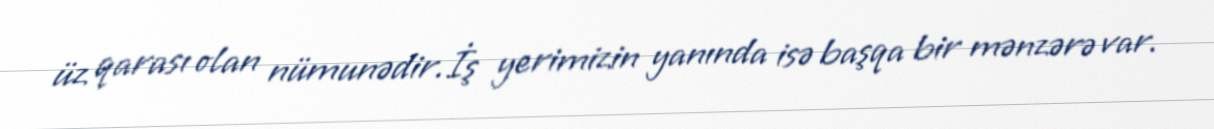
üz qarası olan nümunədir.İş yerimizin yanında isə başqa bir mənzərə var.